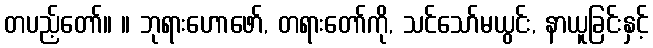
တပည့်တော်။ ။ ဘုရားဟောဖော်, တရားတော်ကို, သင်သော်မယွင်း, နာယူခြင်းနှင့်